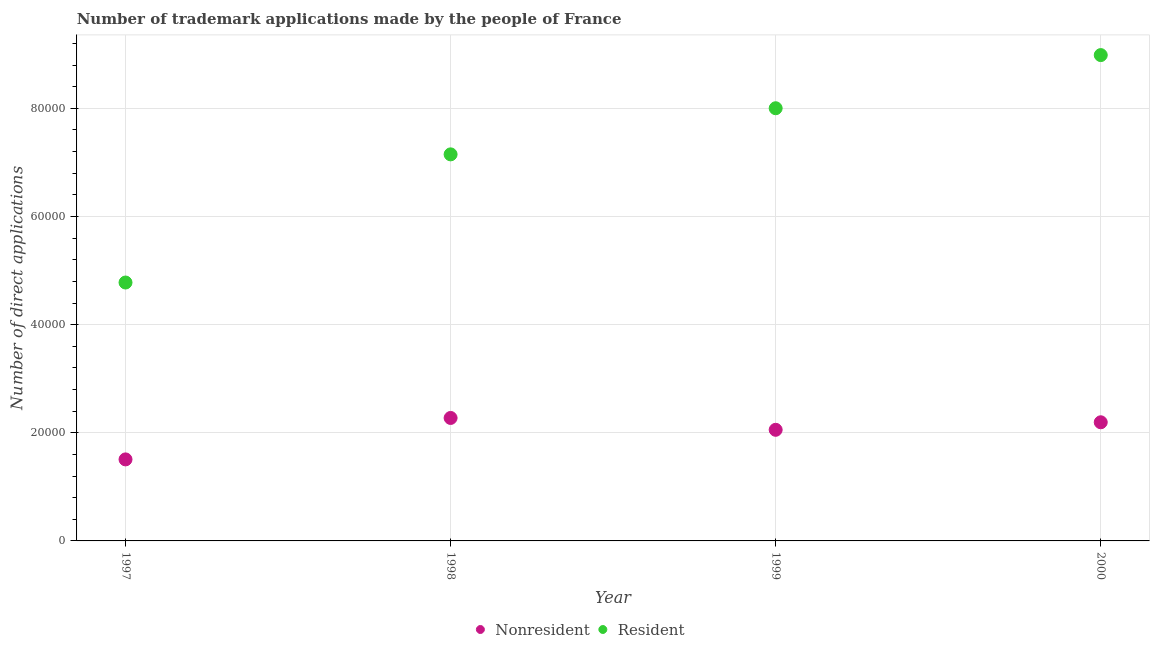
| Year | Nonresident | Resident |
 | --- | --- | --- |
 | 1997 | 1.51e+04 | 4.78e+04 |
 | 1998 | 2.27e+04 | 7.15e+04 |
 | 1999 | 2.06e+04 | 8e+04 |
 | 2000 | 2.19e+04 | 8.98e+04 |